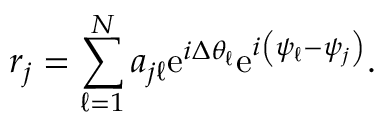
r _ { j } = \sum _ { \ell = 1 } ^ { N } a _ { j \ell } \mathrm { e } ^ { i \Delta \theta _ { \ell } } \mathrm { e } ^ { i \left( \psi _ { \ell } - \psi _ { j } \right) } .